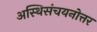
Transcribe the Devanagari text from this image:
अस्थिसंचयनोत्तर